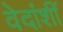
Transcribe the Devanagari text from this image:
वेदांशीं